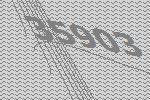
35903